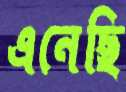
এনেছি